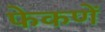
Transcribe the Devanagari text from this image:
फेकणें